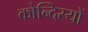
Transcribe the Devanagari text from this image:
कोन्दिस्यों